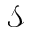
\mathcal { S }